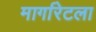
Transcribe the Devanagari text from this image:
मार्गारेटला